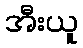
အီးယူ